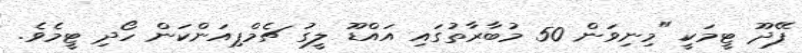
ފޭދޫ ޓީމަކީ "މިނިވަން 50 މުބާރާތުގައި އައްޑޫ ލީގު ޗެމްޕިއަންކަން ހޯދި ޓީމެވެ.